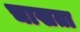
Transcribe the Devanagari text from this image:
चाखता